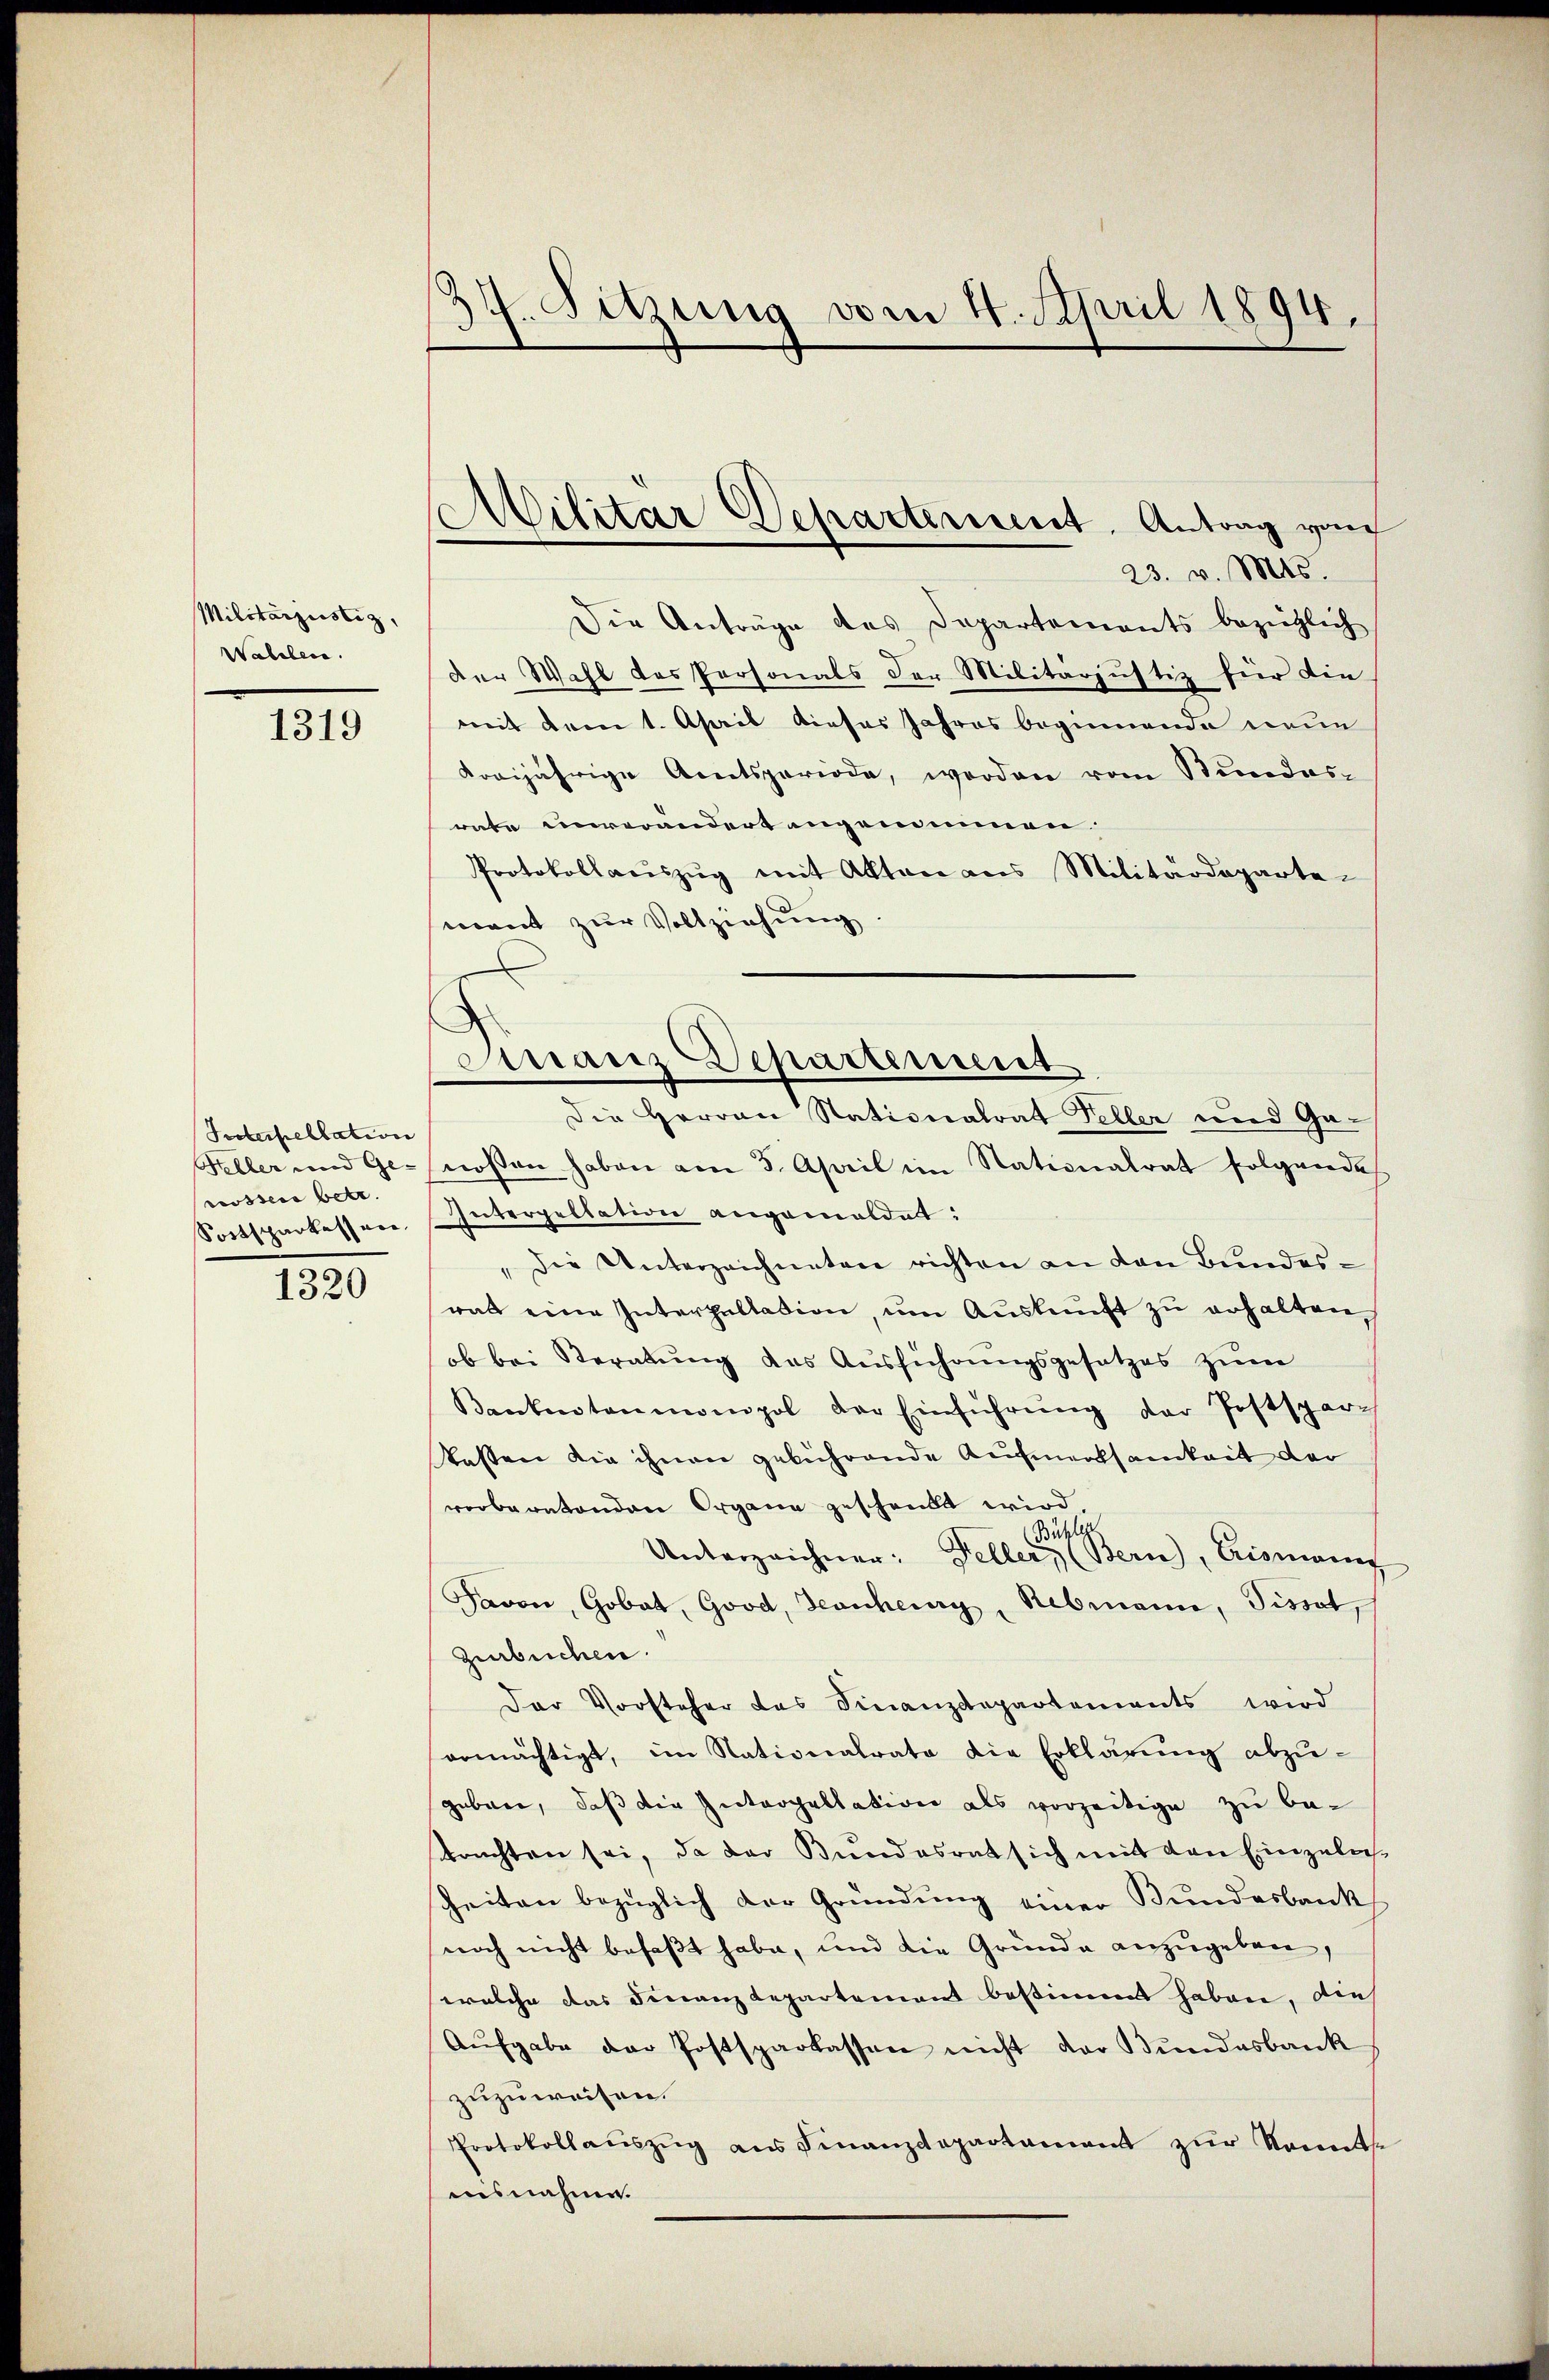
Militärzustiz,
Wahlen.

1319

Interpellation
Feller und Ge-
rossen betr.
Sortschankessen,

1320

24. Sitzung vom 4. April 1894.

Militar Departement. Antrag von
23. v. Mts.

Die Anträge des Departements beziehlich
der Wahl das Personals der Militarjustiz für die
mit dem 1. April dieses Jahres beginnende neue
kreijährige Amtsperiode, werden vom Stundes-
rate unverändert angensinnen.
Protokollaŭszŭg mit Akten aus Militärdeparte-
ment zur Vollziehung
Die Herren Stationalrat Feller und Ga-
nossen haben am 5. April im Nationalrat folgendes
Interpellation angemeldet:
„Die Unterzeichneten richten an den Bundesrat eine Interpultation, um Auskunft zu erhalten,
ob bei Seratung das Ausführungsgesetzes zum
Bantentenmonopol der Einführŭng der Postspar¬
Tasten die ihnen gebührende Aufmerksamkeit der
verberatenden Organe geschenkt wird
Bühlin
Unterzeichner: Feller, (Bern, Erismann
Javen, Gobat, Good, Jeanheury, Rebmann, Pissot,
Zurbuchen.
Der Vorsteher das Finanzdepartements wird
ermächtigt, im Nationalrato die Erklärung abzugubern, daß die Interpallation als vorzeitige zu be-
brachten sei, da der Bundesrat sich mit den Einzeln-
Zeiten bezüglich der Gründung einer Bundesbank
noch nicht befaßt habe, und die Gründe anzugeben,
welche das Finanz Repartement bestimmt haben, dies
Aŭfgabe der Postsparkassen nicht der Bŭndesbank
zuzuweisen.
Protokollaŭszŭg ans Finanzdepartament zŭr Sonnte
iusnahme.

Finanz Departement